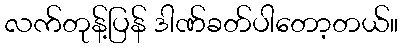
လက်တုန့်ပြန် ဒါဏ်ခတ်ပါတော့တယ်။